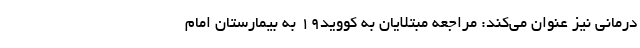
درمانی نیز عنوان می‌کند: مراجعه مبتلایان به کووید۱۹ به بیمارستان امام